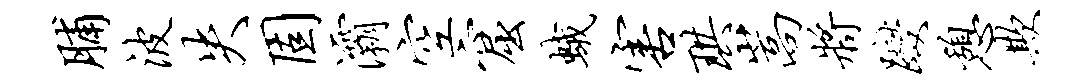
脯波失固灞空窟蛾害珙嵩将躞憩欺